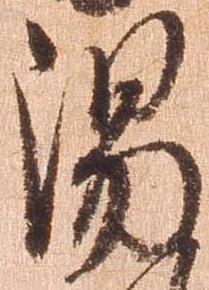
湯